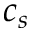
c _ { s }